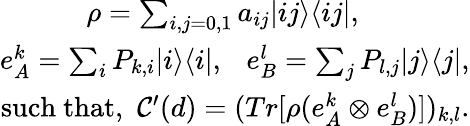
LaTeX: \begin{array}{r}{\rho=\sum_{i,j=0,1}a_{ij}|ij\rangle\langle ij|,~~~~~~~~~~~~~~~}\\ {e_{A}^{k}=\sum_{i}P_{k,i}|i\rangle\langle i|,~~~e_{B}^{l}=\sum_{j}P_{l,j}|j\rangle\langle j|,}\\ {\mathrm{such~that,}~~\mathcal{C}^{\prime}(d)=(Tr[\rho(e_{A}^{k}\otimes e_{B}^{l})])_{k,l}.}\end{array}